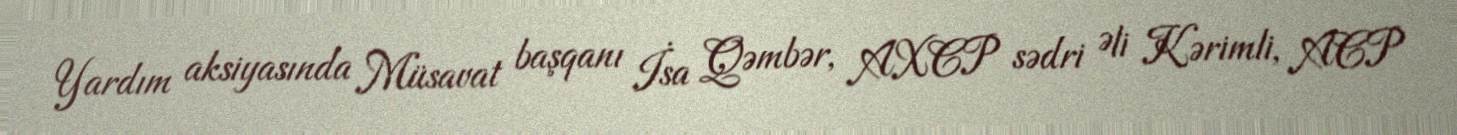
Yardım aksiyasında Müsavat başqanı İsa Qəmbər, AXCP sədri Əli Kərimli, ACP